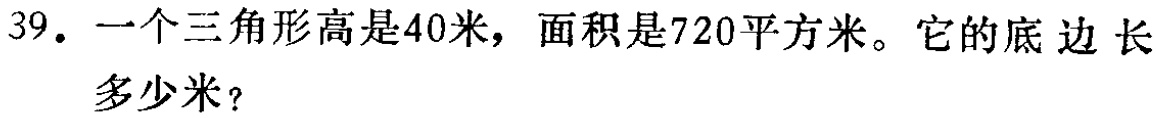
39. 一个三角形高是40米，面积是720平方米。它的底边长多少米？